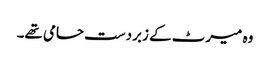
وہ میرٹ کے زبردست حامی تھے۔